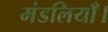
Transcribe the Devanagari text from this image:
मंडलियाँ।